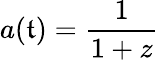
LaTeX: a(\mathfrak{t})={\frac{{1}}{{1+z}}}